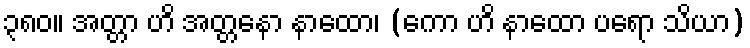
၃၈၀။ အတ္တာ ဟိ အတ္တနော နာထော၊ (ကော ဟိ နာထော ပရော သိယာ)